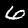
Digit: 6